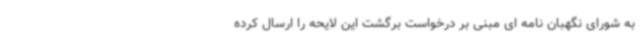
به شورای نگهبان نامه ای مبنی بر درخواست برگشت این لایحه را ارسال کرده